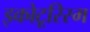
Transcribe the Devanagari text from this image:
इकोटूरिस्म